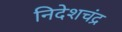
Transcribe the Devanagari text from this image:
निदेशचंद्र